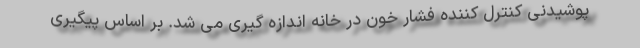
پوشیدنی کنترل کننده فشار خون در خانه اندازه گیری می شد. بر اساس پیگیری